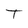
Character: T